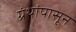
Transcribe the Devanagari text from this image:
ग्रंथांपासून